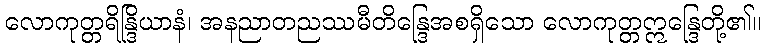
လောကုတ္တရိန္ဒြိယာနံ၊ အနညာတညဿမီတိန္ဒြေအစရှိသော လောကုတ္တဣန္ဒြေတို့၏။